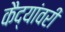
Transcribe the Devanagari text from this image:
कैद्यांवरी